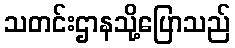
သတင်းဌာနသို့ပြောသည်